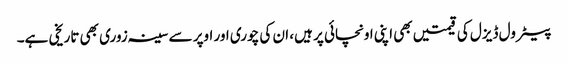
پیٹرول ڈیزل کی قیمتیں بھی اپنی اونچائی پر ہیں، ان کی چوری اور اوپر سے سینہ زوری بھی تاریخی ہے۔